Medical and sanitary report of the native army of Madras for the year
Year: 1878
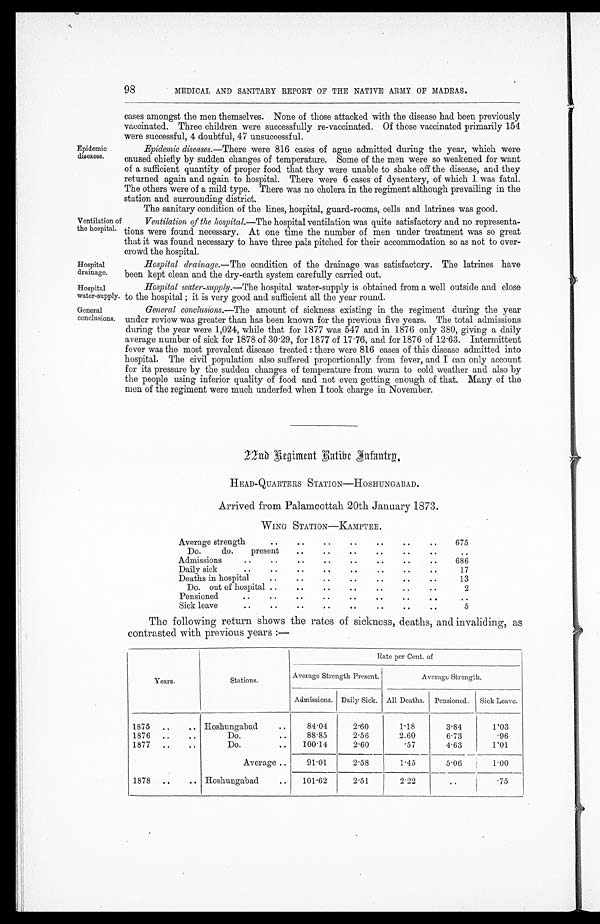
Hospital
drainage
Hospital
water-suppl1y
General
conclusions.
98
MEDICAL AND SANITARY REPORT OF THE NATIVE ARMY OF MADRAS.
Epidemic
diseases.
Ventilation of
the hospital.
cases amongst the men themselves. None of those attacked with the disease had been previously
vaccinated. Three children were successfully re-vaccinated. Of those vaccinated primarily 154
were successful, 4 doubtful, 47 unsuccessful.
Epidemic diseases.—There were 816 cases of ague admitted during the year, which were
caused chiefly by sudden changes of temperature. Some of the men were so weakened for want
of a sufficient quantity of proper food that they were unable to shake off the disease, and they
returned again and again to hospital. There were 6 cases of dysentery, of which 1 was fatal.
The others were of a mild type. There was no cholera in the regiment although prevailing in the
station and surrounding district.
The sanitary condition of the lines, hospital, guard-rooms, cells and latrines was good.
Ventilation of the hospital.—The hospital ventilation was quite satisfactory and no representa-
tions were found necessary. At one time the number of men under treatment was so great
that it was found necessary to have three pals pitched for their accommodation so as not to over-
crowd the hospital.
Hospital drainage.—The condition of the drainage was satisfactory. The latrines have
been kept clean and the dry-earth system carefully carried out.
Hospital water-supply. —The hospital water-supply is obtained from a well outside and close
to the hospital ; it is very good and sufficient all the year round.
General conclusions.—The amount of sickness existing in the regiment during the year
under review was greater than has been known for the previous five years. The total admissions
during the year were 1,024, while that for 1877 was 547 and in 1876 only 380, giving a daily
average number of sick for 1878 of 30.29, for 1877 of 17.76, and for 1876 of 12.63. Intermittent
fever was the most prevalent disease treated : there were 816 cases of this disease admitted into
hospital. The civil population also suffered proportionally from fever, and I can only account
for its pressure by the sudden changes of temperature from warm to cold weather and also by
the people using inferior quality of food and not even getting enough of that. Many of the
men of the regiment were much underfed when I took charge in November.
22nd Regiment Hatibe Infantry.
HEAD-QUARTERS STATION—HOSHUNGABAD.
Arrived from Palamcottah 20th January 1873.
WING STATION—KAMPTEE.
Average strength
..
. .
. .
. .
. .
. .
. .
675
Do.
do.
present
. .
. .
. .
. .
. .
. .
. .
Admissions
..
..
. .
. .
. .
. .
. .
. .
686
Daily sick
..
..
. .
. .
. .
. .
. .
. .
17
Deaths in hospital
..
. .
. .
. .
. .
. .
. .
13
Do. out of hospital ..
. .
. .
. .
. .
. .
. .
2
Pensioned
..
..
. .
. .
. .
. .
. .
. .
. .
Sick leave.. ..
. .
. .
. . . .
. .
. .
5
The following return shows the rates of sickness, deaths, and invaliding, a
contrasted with previous years :—
Years.
Stations.
Rate per Cent. of
Average Strength Present.
Average Strength.
Admissions. Daily Sick. All Deaths. Pensioned. Sick Leave.
1875 ..
.. Hoshungabad
84.04
2.60
1.18
3.84
1.03
1876 ..
..
Do.
. .
88.85
2.56
2.60
6.73
.96
1877 ..
..
Do.
. .
100.14
2.60
.57
4.63
1.01
Average ..
91.01
2.58
1.45
5.06
1.00
1878 ..
.. Hoshungabad
..
101.62
2.51
2.22
..
.75